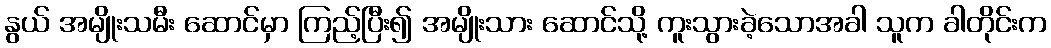
နွယ် အမျိုးသမီး ဆောင်မှာ ကြည့်ပြီး၍ အမျိုးသား ဆောင်သို့ ကူးသွားခဲ့သောအခါ သူက ခါတိုင်းက